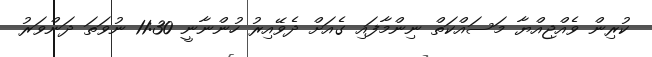
ކުރިން ވެއްޖިއްޔާ މަސައްކަތް ނިންމާފައި ގެއަށް ދެވޭއިރު ހުންނާނީ 11:30 ނުވަތަ ދަންވަރު